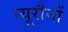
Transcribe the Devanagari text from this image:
न्यूरौनों